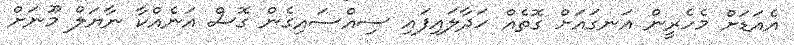
އެއަޑަށް މެހެރީން އަނގައަށް ގޮތެއް ހަދާލައިފައި ސިއްސައިގެން ގޮސް އަނެއްކާ ނާޔަލް މޫނަށް